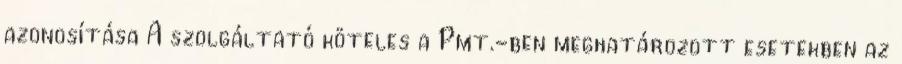
azonosítása A szolgáltató köteles a Pmt.-ben meghatározott esetekben az